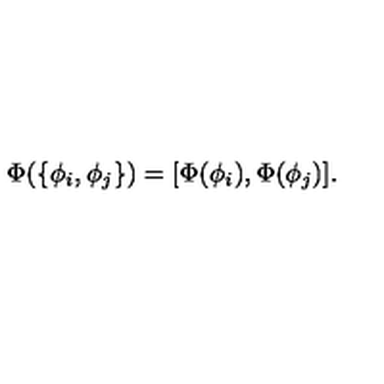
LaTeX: \Phi ( \{ \phi _ { i } , \phi _ { j } \} ) = [ \Phi ( \phi _ { i } ) , \Phi ( \phi _ { j } ) ] .